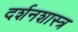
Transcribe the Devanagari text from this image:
दर्शनशास्‍त्र